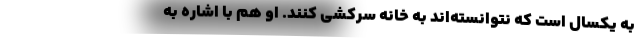
به یکسال است که نتوانسته‌اند به خانه سرکشی کنند. او هم با اشاره به